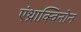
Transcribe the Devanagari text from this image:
एंथ्राक्विनोन